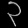
Digit: ၃